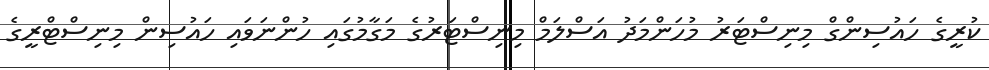
ކުރީގެ ހައުސިންގް މިނިސްޓަރު މުހަންމަދު އަސްލަމް މިނިސްޓަރުގެ މަގާމުގައި ހުންނަވައި ހައުސިން މިނިސްޓްރީގެ